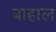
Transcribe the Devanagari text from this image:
बाहाल